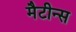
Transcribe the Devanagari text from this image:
मैटीन्स